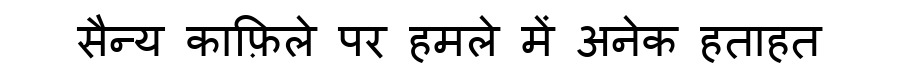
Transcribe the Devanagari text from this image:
सैन्य काफ़िले पर हमले में अनेक हताहत